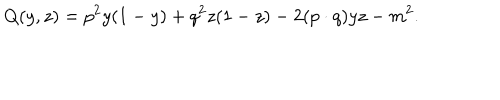
Q ( y , z ) = p ^ { 2 } y ( 1 - y ) + q ^ { 2 } z ( 1 - z ) - 2 ( p \cdot q ) y z - m ^ { 2 } .